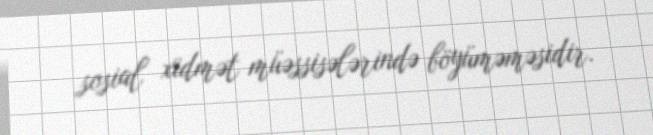
sosial xidmət müəssisələrində böyüməməsidir.